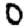
Digit: 0